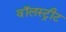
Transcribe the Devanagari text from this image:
वॉलस्ट्रीट